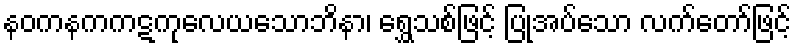
နဝကနကကဋကုလေယသောဘိနာ၊ ရွှေသစ်ဖြင့် ပြုအပ်သော လက်တော်ဖြင့်